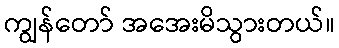
ကျွန်တော် အအေးမိသွားတယ်။